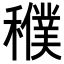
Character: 𥣜